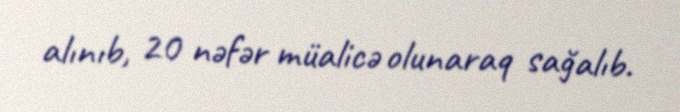
alınıb, 20 nəfər müalicə olunaraq sağalıb.